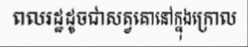
ពលរដ្ឋដូចជាសត្វគោនៅក្នុងក្រោល